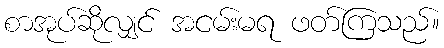
စာအုပ်ဆိုလျှင် အငမ်းမရ ဖတ်ကြသည်။